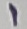
Text: 1